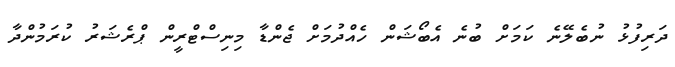
ދަރިފުޅު ނުބެލޭނެ ކަމަށް ބުނެ އެބޯޝަން ހެއްދުމަށް ޖެންޑާ މިނިސްޓްރީން ޕްރެޝަރު ކުރަމުންދާ